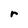
Character: r